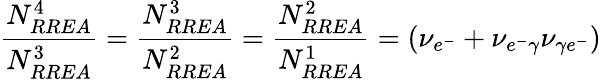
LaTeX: \frac{N_{RREA}^{4}}{N_{RREA}^{3}}=\frac{N_{RREA}^{3}}{N_{RREA}^{2}}=\frac{N_{RREA}^{2}}{N_{RREA}^{1}}=(\nu_{e^{-}}+\nu_{e^{-}\gamma}\nu_{\gamma e^{-}})